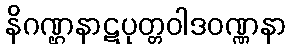
နိဂဏ္ဌနာဋပုတ္တဝါဒဝဏ္ဏနာ